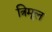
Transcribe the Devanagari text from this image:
त्रिमूल